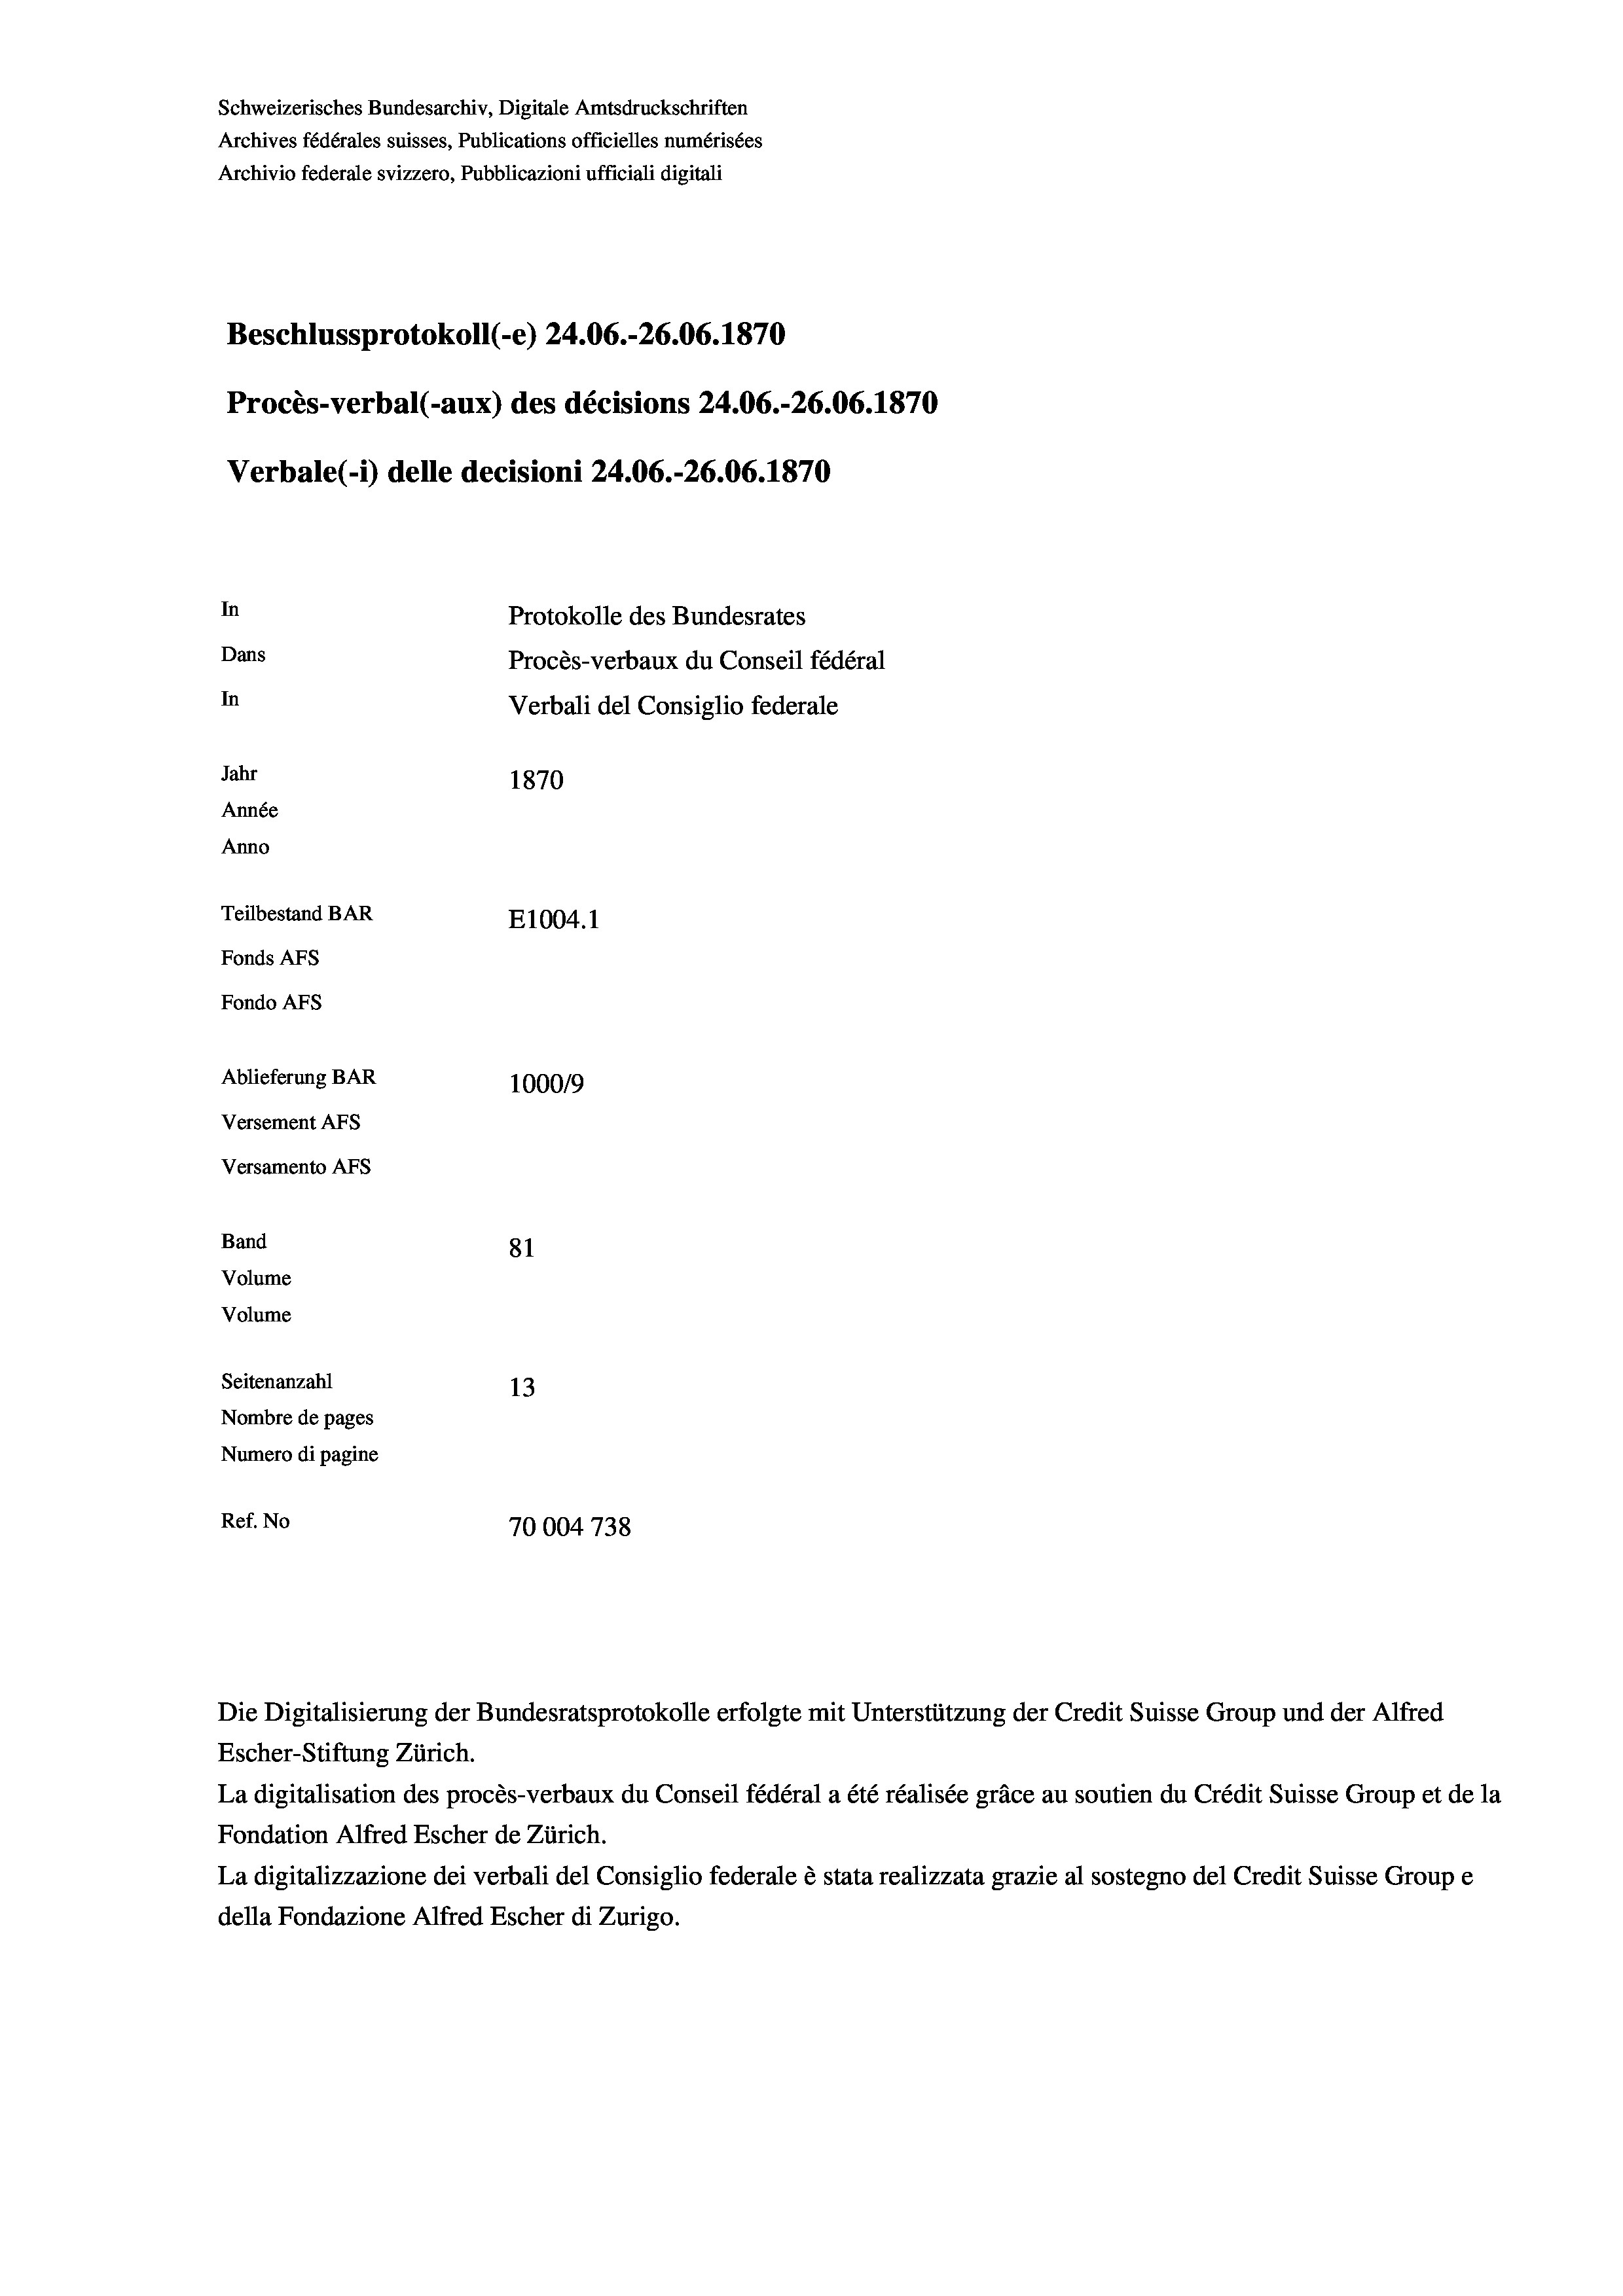
Schweizerisches Bundesarchiv, Digitale Amtsdruckschriften
Archives fédérales suisses, Publications officielles numérisées
Archivio federale svizzero, Pubblicazioni ufficiali digitali
Beschlussprotokoll (-e) 24.06.-26.06. 1870
Procès-verbal (-aux) des décisions 24.06.-26.06. 1870
Verbale (i) delle decisioni 24.06.-26.06. 1870
In
Protokolle des Bundesrates
Dans
Procès-verbaux du Conseil fédéral
In
Verbali del Consiglio federale
Jahr
1870
Année
Anno
Teilbestand BAR
E1004. 1
Fonds AFs
Fondo AFS
Ablieferung BAR
100019
Versement AFs
Versamento AFs

Band
Volume
Volume

81
Seitenanzahl
13
Nombre de pages
Numero di pagine
Ref. No
70004 738

Die Digitalisierung der Bundesratsprotokolle erfolgte mit Unterstützung der Credit Suisse Group und der Alfred
Escher-Stiftung Zürich.
La digitalisation des procès-verbaux du Conseil fédéral a été réalisée gräce au soutien du Crédit Suisse Group et de la
Fondation Alfred Escher de Zürich.
La digitalizzazione dei verbali del Consiglio federale è stata realizzata grazie al sostegno del Credit Suisse Groupe
della Fondazione Alfred Escher di Zurigo.